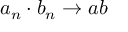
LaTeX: a _ { n } \cdot b _ { n } \to a b